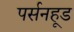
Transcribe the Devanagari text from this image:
पर्सनहूड